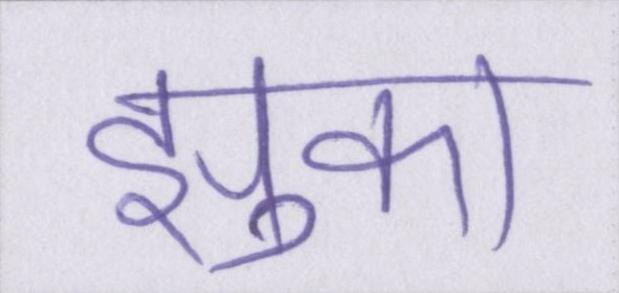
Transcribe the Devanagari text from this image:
झुका